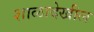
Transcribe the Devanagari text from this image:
शाळादेखील